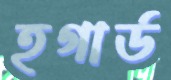
হগার্ড